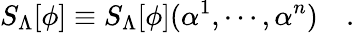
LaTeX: S_{\Lambda}[\phi]\equiv S_{\Lambda}[\phi](\alpha^{1},\cdots,\alpha^{n})\quad.